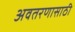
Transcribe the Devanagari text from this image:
अवतरणासाठी